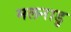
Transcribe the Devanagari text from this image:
मलनाडु